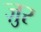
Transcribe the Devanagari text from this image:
ज़ुर